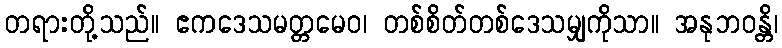
တရားတို့သည်။ ဧကဒေသမတ္တမေဝ၊ တစ်စိတ်တစ်ဒေသမျှကိုသာ။ အနုဘဝန္တိ၊